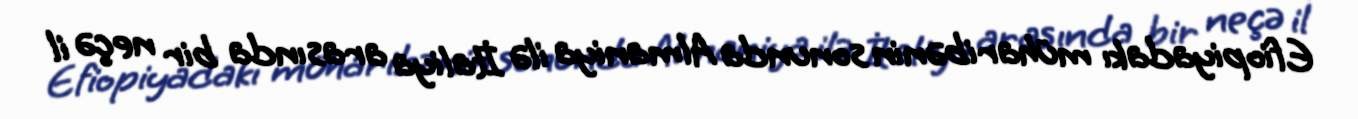
Efiopiyadakı müharibənin sonunda Almaniya ilə İtaliya arasında bir neçə il